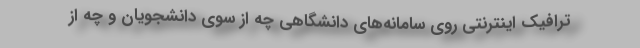
ترافیک اینترنتی روی سامانه‌های دانشگاهی چه از سوی دانشجویان و چه از